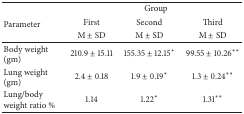
<table><thead><tr><td rowspan="3"><b>Parameter</b></td><td colspan="3"><b>Group</b></td></tr><tr><td><b>First</b></td><td><b>Second</b></td><td><b>Third</b></td></tr><tr><td><b>M ± SD</b></td><td><b>M ± SD</b></td><td><b>M ± SD</b></td></tr></thead><tbody><tr><td>Body weight (gm)</td><td>210.9 ± 15.11</td><td>155.35 ± 12.15<sup><i>∗</i></sup></td><td>99.55 ± 10.26<sup><i>∗∗</i></sup></td></tr><tr><td>Lung weight (gm)</td><td>2.4 ± 0.18</td><td>1.9 ± 0.19<sup><i>∗</i></sup></td><td>1.3 ± 0.24<sup><i>∗∗</i></sup></td></tr><tr><td>Lung/body weight ratio %</td><td>1.14</td><td>1.22<sup><i>∗</i></sup></td><td>1.31<sup><i>∗∗</i></sup></td></tr></tbody></table>